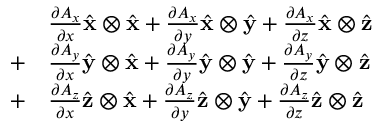
{ \begin{array} { r l } { } & { { \frac { \partial A _ { x } } { \partial x } } { \hat { \mathbf { x } } } \otimes { \hat { \mathbf { x } } } + { \frac { \partial A _ { x } } { \partial y } } { \hat { \mathbf { x } } } \otimes { \hat { \mathbf { y } } } + { \frac { \partial A _ { x } } { \partial z } } { \hat { \mathbf { x } } } \otimes { \hat { \mathbf { z } } } } \\ { + } & { { \frac { \partial A _ { y } } { \partial x } } { \hat { \mathbf { y } } } \otimes { \hat { \mathbf { x } } } + { \frac { \partial A _ { y } } { \partial y } } { \hat { \mathbf { y } } } \otimes { \hat { \mathbf { y } } } + { \frac { \partial A _ { y } } { \partial z } } { \hat { \mathbf { y } } } \otimes { \hat { \mathbf { z } } } } \\ { + } & { { \frac { \partial A _ { z } } { \partial x } } { \hat { \mathbf { z } } } \otimes { \hat { \mathbf { x } } } + { \frac { \partial A _ { z } } { \partial y } } { \hat { \mathbf { z } } } \otimes { \hat { \mathbf { y } } } + { \frac { \partial A _ { z } } { \partial z } } { \hat { \mathbf { z } } } \otimes { \hat { \mathbf { z } } } } \end{array} }